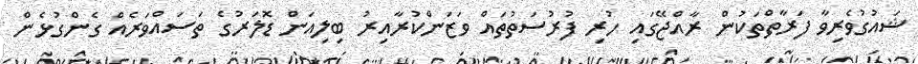
ޝައުގުވެރިވާ ފަރާތްތަކުން ރާއްޖޭގައި ހުރި ފުރުސަތުތައް ވަޒަންކުރާއިރު ބިލިއަން ޑޮލަރުގެ ތަސައްވަރެއް ގެންގުޅެން